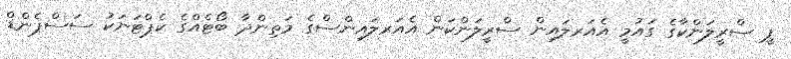
ޕީ ސްރީލަންކާގެ ގައުމީ އެއަރލައިން ސްރީލަންކަން އެއަރލައިންސްގެ މަތިންދާ ބޯޓެއްގެ ކެޕްޓަނަކު ސަސްޕެންޑް